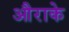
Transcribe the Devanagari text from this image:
औराके